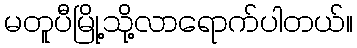
မတူပီမြို့သို့လာရောက်ပါတယ်။